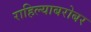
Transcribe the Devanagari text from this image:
राहिल्याबरोबर